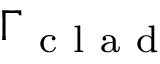
\Gamma _ { \mathrm { ~ c ~ l ~ a ~ d ~ } }